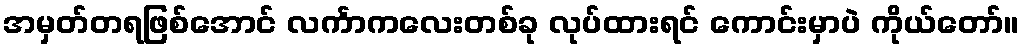
အမှတ်တရဖြစ်အောင် လင်္ကာကလေးတစ်ခု လုပ်ထားရင် ကောင်းမှာပဲ ကိုယ်တော်။